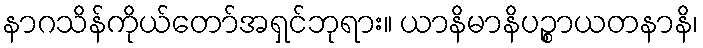
နာဂသိန်ကိုယ်တော်အရှင်ဘုရား။ ယာနိမာနိပဉ္စာယတနာနိ၊